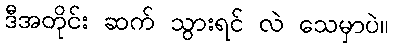
ဒီအတိုင်း ဆက် သွားရင် လဲ သေမှာပဲ။